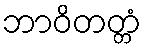
ဘာဝိတတ္တံ